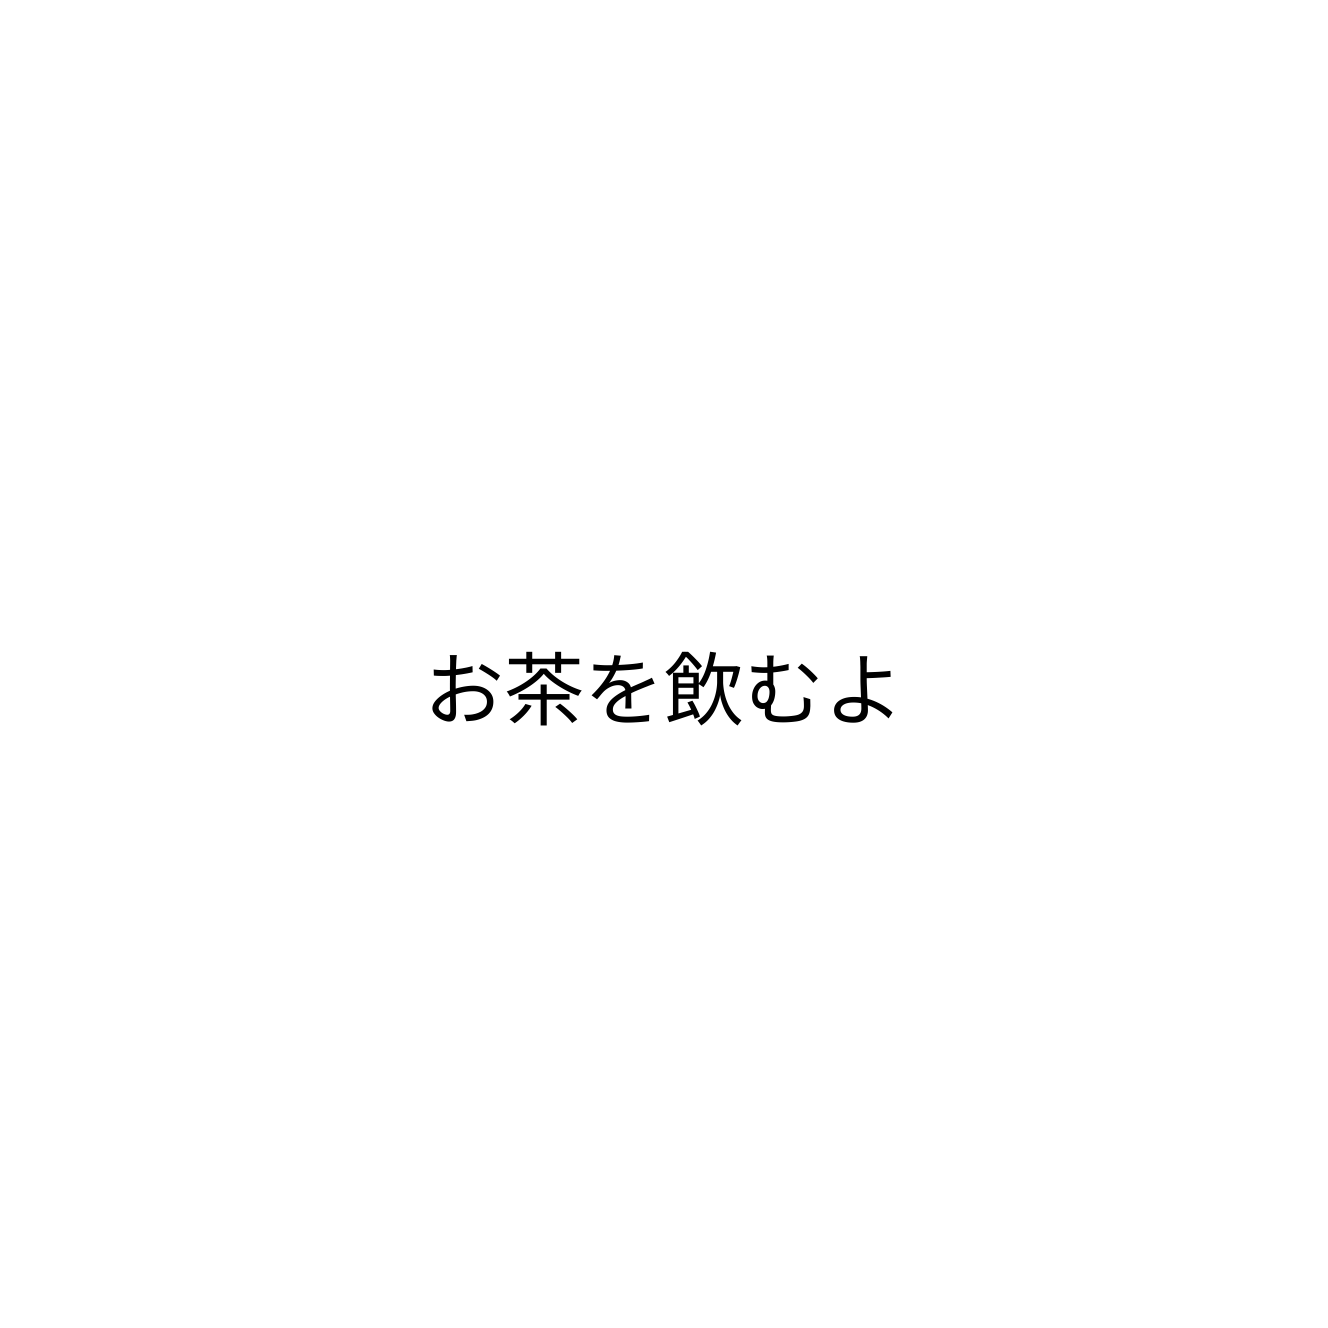
お茶を飲むよ